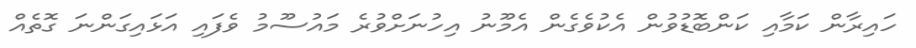
ހައިރާން ކަމާއި ކަންބޮޑުވުން އެކުވެގެން އެމޫނު އިހުނަށްވުރެ މައުސޫމު ވެފައި އަޅައިގަންނަ ގޮތެއް